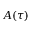
A ( \tau )